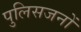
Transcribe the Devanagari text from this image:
पुलिसजनों